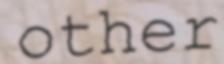
other